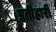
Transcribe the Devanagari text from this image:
प्रतीहारी